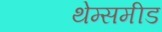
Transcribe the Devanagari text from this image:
थेम्समीड